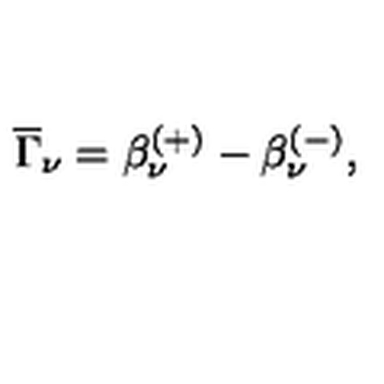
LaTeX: \overline { { \Gamma } } _ { \nu } = \beta _ { \nu } ^ { ( + ) } - \beta _ { \nu } ^ { ( - ) } ,